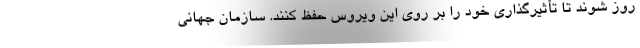
روز شوند تا تأثیرگذاری خود را بر روی این ویروس حفظ کنند. سازمان جهانی